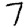
Digit: 7